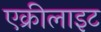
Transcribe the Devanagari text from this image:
एक्रीलाइट